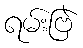
ရမ်းဗြဲ